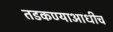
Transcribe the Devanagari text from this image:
तडकण्याआधीच